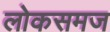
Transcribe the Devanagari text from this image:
लोकसमज